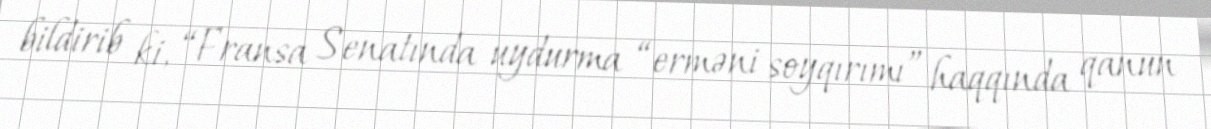
bildirib ki, “Fransa Senatında uydurma “erməni soyqırımı” haqqında qanun